Report of an investigation into the causes of malaria in Bombay and the measures necessary for its control
Disease focus: Malaria
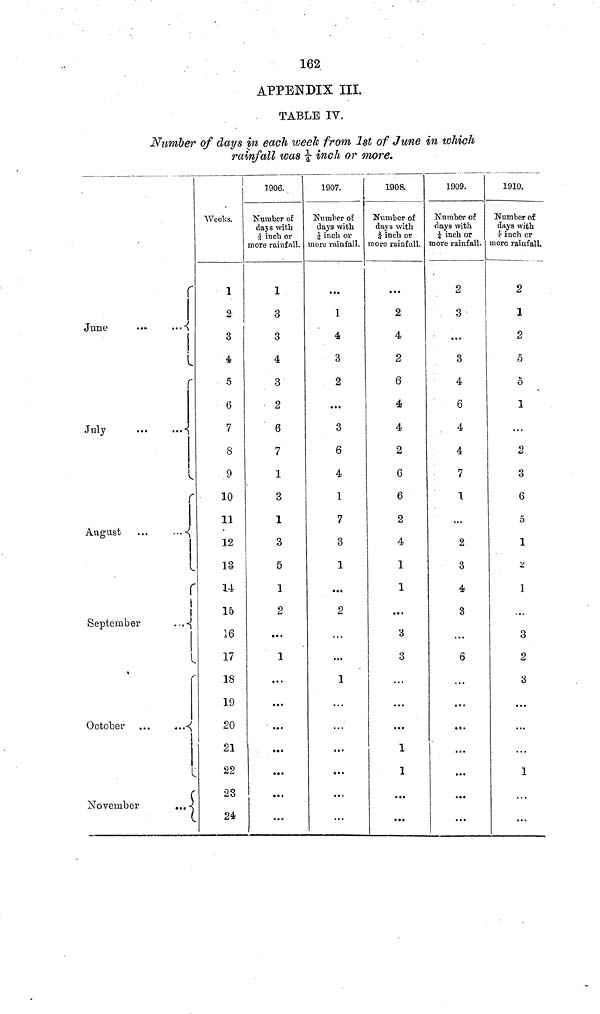
162
APPENDIX III.
TABLE IV.
Number of days in each weeh from 1st of June in which
rainfall was 1/4 inch or more.
r
June
!
r
July
r
August
\
r
September
r
October
r
November
Weeks.
1
2
3
4
5
6
7
8
9
10
11
12
13
14
15
16
17
18
19
20
21
22
23
24
1906.
Number of
days with
4 inch or
more rainfall.
1
3
3
4
3
2
6
7
1
3
1
3
5
1
2
...
1
...
...
...
...
...
...
1907.
Number of
days with
1/4 inch or
more rainfall.
...
1
3
2
...
3
6
4
1
7
3
1
...
2
...
1
...
...
...
...
,.,
1908.
Number of
days with
1/4 inch or
more rainfall.
...
2
4
2
6
4
4
2
6
6
2
4
1
1
...
3
3
...
...
1
1
1909.
Number of
clays with
1/4 inch or
more rainfall.
2
3
...
3
4
6
4
4
7
1
...
2
3
4
3
...
6
...
...
1910.
Number of
clays with
1/4 inch or
more rainfall.
2
1
2
5
5
1
...
2
3
6
5
1
2
]
...
3
2
3
...
1